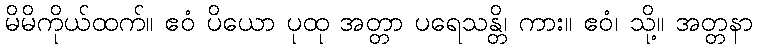
မိမိကိုယ်ထက်။ ဧဝံ ပိယော ပုထု အတ္တာ ပရေသန္တိ၊ ကား။ ဧဝံ၊ သို့။ အတ္တနာ